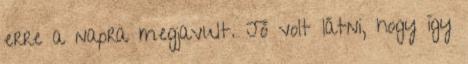
erre a napra megjavult. Jó volt látni, hogy így